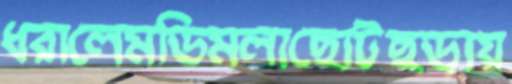
ধরালেমডিমলাছোটছড়ায়